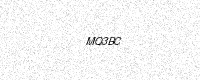
Text: MQ3BC